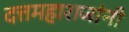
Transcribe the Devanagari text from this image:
दत्तमहाराजांनी